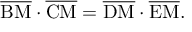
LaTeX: { \overline { { \mathrm { B M } } } } \cdot { \overline { { \mathrm { C M } } } } = { \overline { { \mathrm { D M } } } } \cdot { \overline { { \mathrm { E M } } } } .